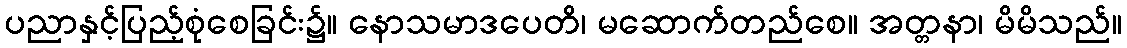
ပညာနှင့်ပြည့်စုံစေခြင်း၌။ နောသမာဒပေတိ၊ မဆောက်တည်စေ။ အတ္တနာ၊ မိမိသည်။